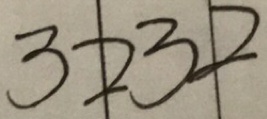
3 2 3 2